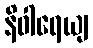
နိဝါရေယျ